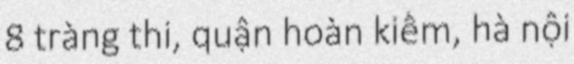
8 tràng thi, quận hoàn kiếm, hà nội